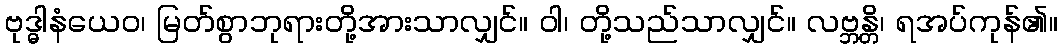
ဗုဒ္ဓါနံယေဝ၊ မြတ်စွာဘုရားတို့အားသာလျှင်။ ဝါ၊ တို့သည်သာလျှင်။ လဗ္ဘန္တိ၊ ရအပ်ကုန်၏။